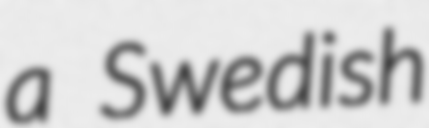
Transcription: a Swedish